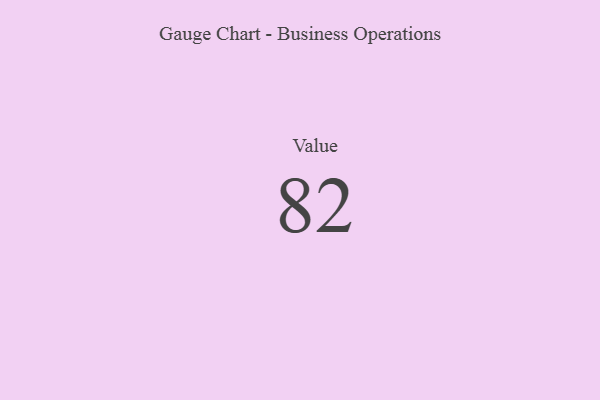
{"axis": {"x": "Metric", "y": "Value"}, "legend": [""], "data": [{"x": "Value", "y": 82, "type": ""}]}